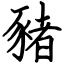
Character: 豬